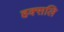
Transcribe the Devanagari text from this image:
हक्सलि